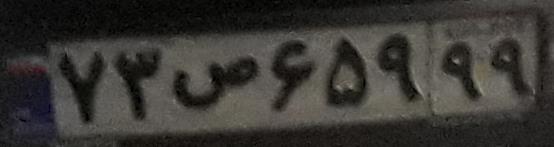
۷۳ص۶۵۹۹۹